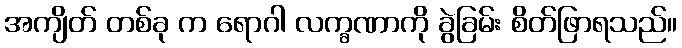
အကျိတ် တစ်ခု က ရောဂါ လက္ခဏာကို ခွဲခြမ်း စိတ်ဖြာရသည်။